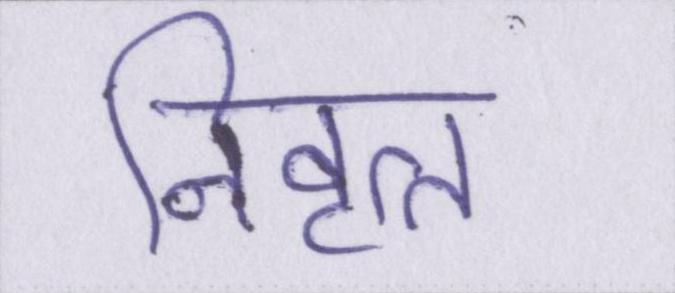
निवृत्त